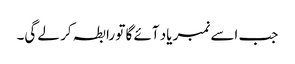
جب اسے نمبر یاد آئے گا تو رابطہ کر لے گی۔